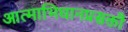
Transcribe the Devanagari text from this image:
आत्माभिधानप्रसक्तौ